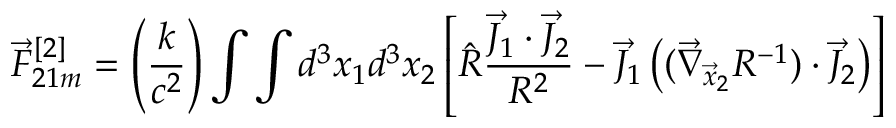
\vec { F } _ { 2 1 m } ^ { [ 2 ] } = \left( \frac { k } { c ^ { 2 } } \right) \int \int d ^ { 3 } x _ { 1 } d ^ { 3 } x _ { 2 } \left[ \hat { R } \frac { \vec { J } _ { 1 } \cdot \vec { J } _ { 2 } } { R ^ { 2 } } - \vec { J } _ { 1 } \left( ( \vec { \nabla } _ { \vec { x } _ { 2 } } R ^ { - 1 } ) \cdot \vec { J } _ { 2 } \right) \right]